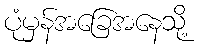
ပုံမှန်အခြေအနေသို့